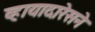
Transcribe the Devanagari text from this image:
व्हायादारेसने